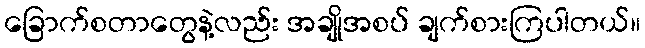
ခြောက်စတာတွေနဲ့လည်း အချိုအစပ် ချက်စားကြပါတယ်။